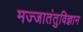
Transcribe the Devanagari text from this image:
मज्जातंतुविज्ञान